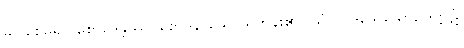
မပြုစေမူ၍။ စောဒေန္တဿ၊ စောဒနာသော ရဟန်း၏ (သံဃာဒိသေသော, ဒုက္ကဋံ၊